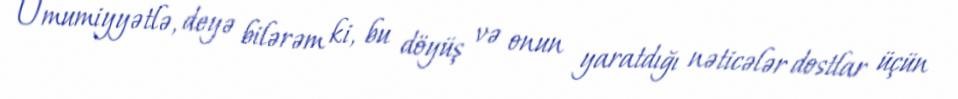
Ümumiyyətlə, deyə bilərəm ki, bu döyüş və onun yaratdığı nəticələr dostlar üçün